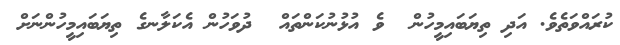
ކުރައްވަތެވެ. އަދި ތިޔަބައިމީހުން  ވެ އުޅުނުކަންތައް  ދުވަހުން އެކަލާނގެ ތިޔަބައިމީހުންނަށް